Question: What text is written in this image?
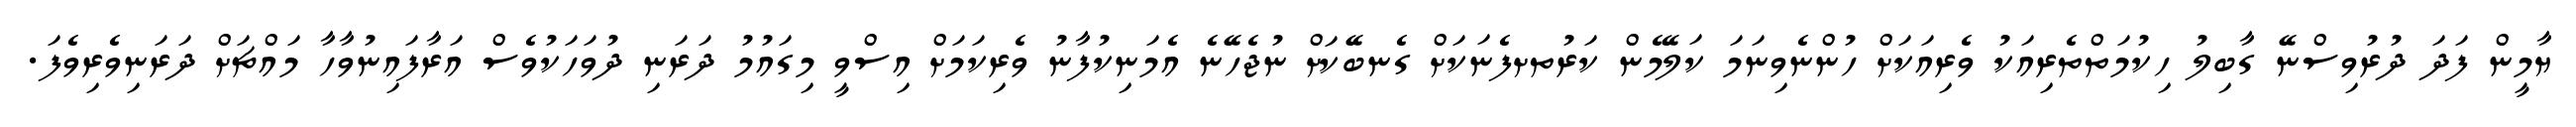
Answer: ޔާމީން ފަދަ ދުރުވިސްނޭ ގާބިލު ހިކުމަތްތެރިއަކު ވެރިއަކަށް ހުންނެވިނަމަ ކަލޭމެން ކަރުތށފެނަކަށް ގެނބޭކަށް ނުޖެހޭނެ އެމަނިކުފާނު ވެރިކަމަށް އިސްވީ މިގައުމު ދަރަނި ދުވަހަކުވެސް އަރާފައިނުވާހާ މައްޗަށް ދަރަނިވެރިވެފަ.